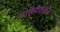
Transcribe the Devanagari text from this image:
स्पेसिफिकेशनज़